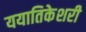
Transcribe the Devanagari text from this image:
ययातिकेशरी